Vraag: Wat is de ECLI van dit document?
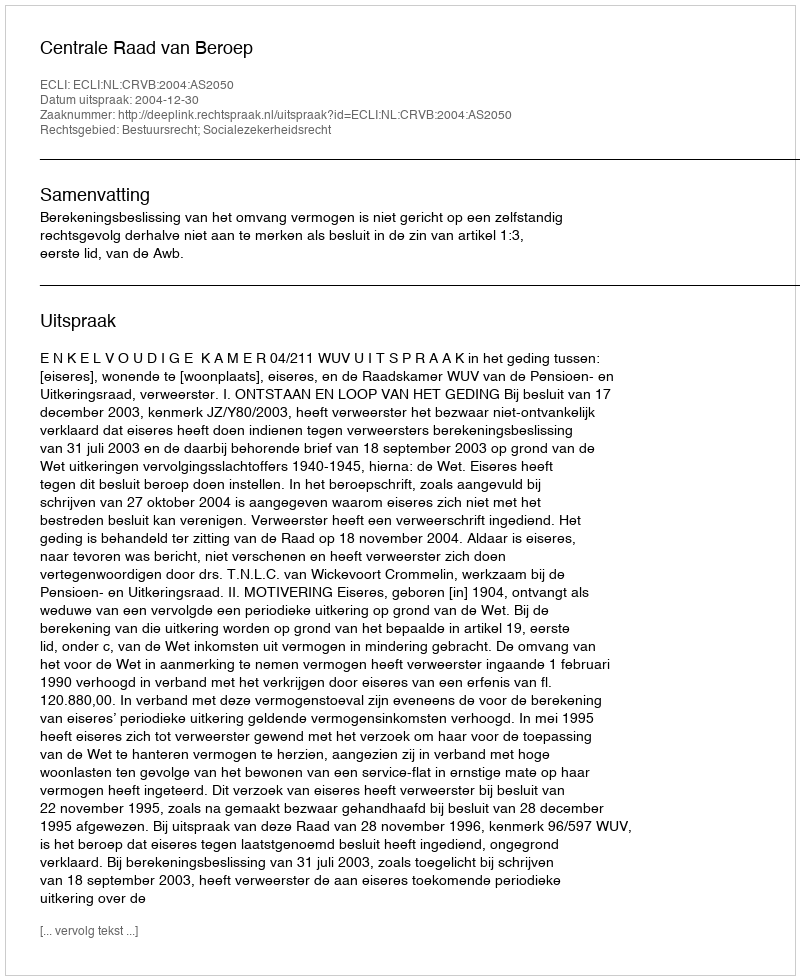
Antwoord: ECLI:NL:CRVB:2004:AS2050